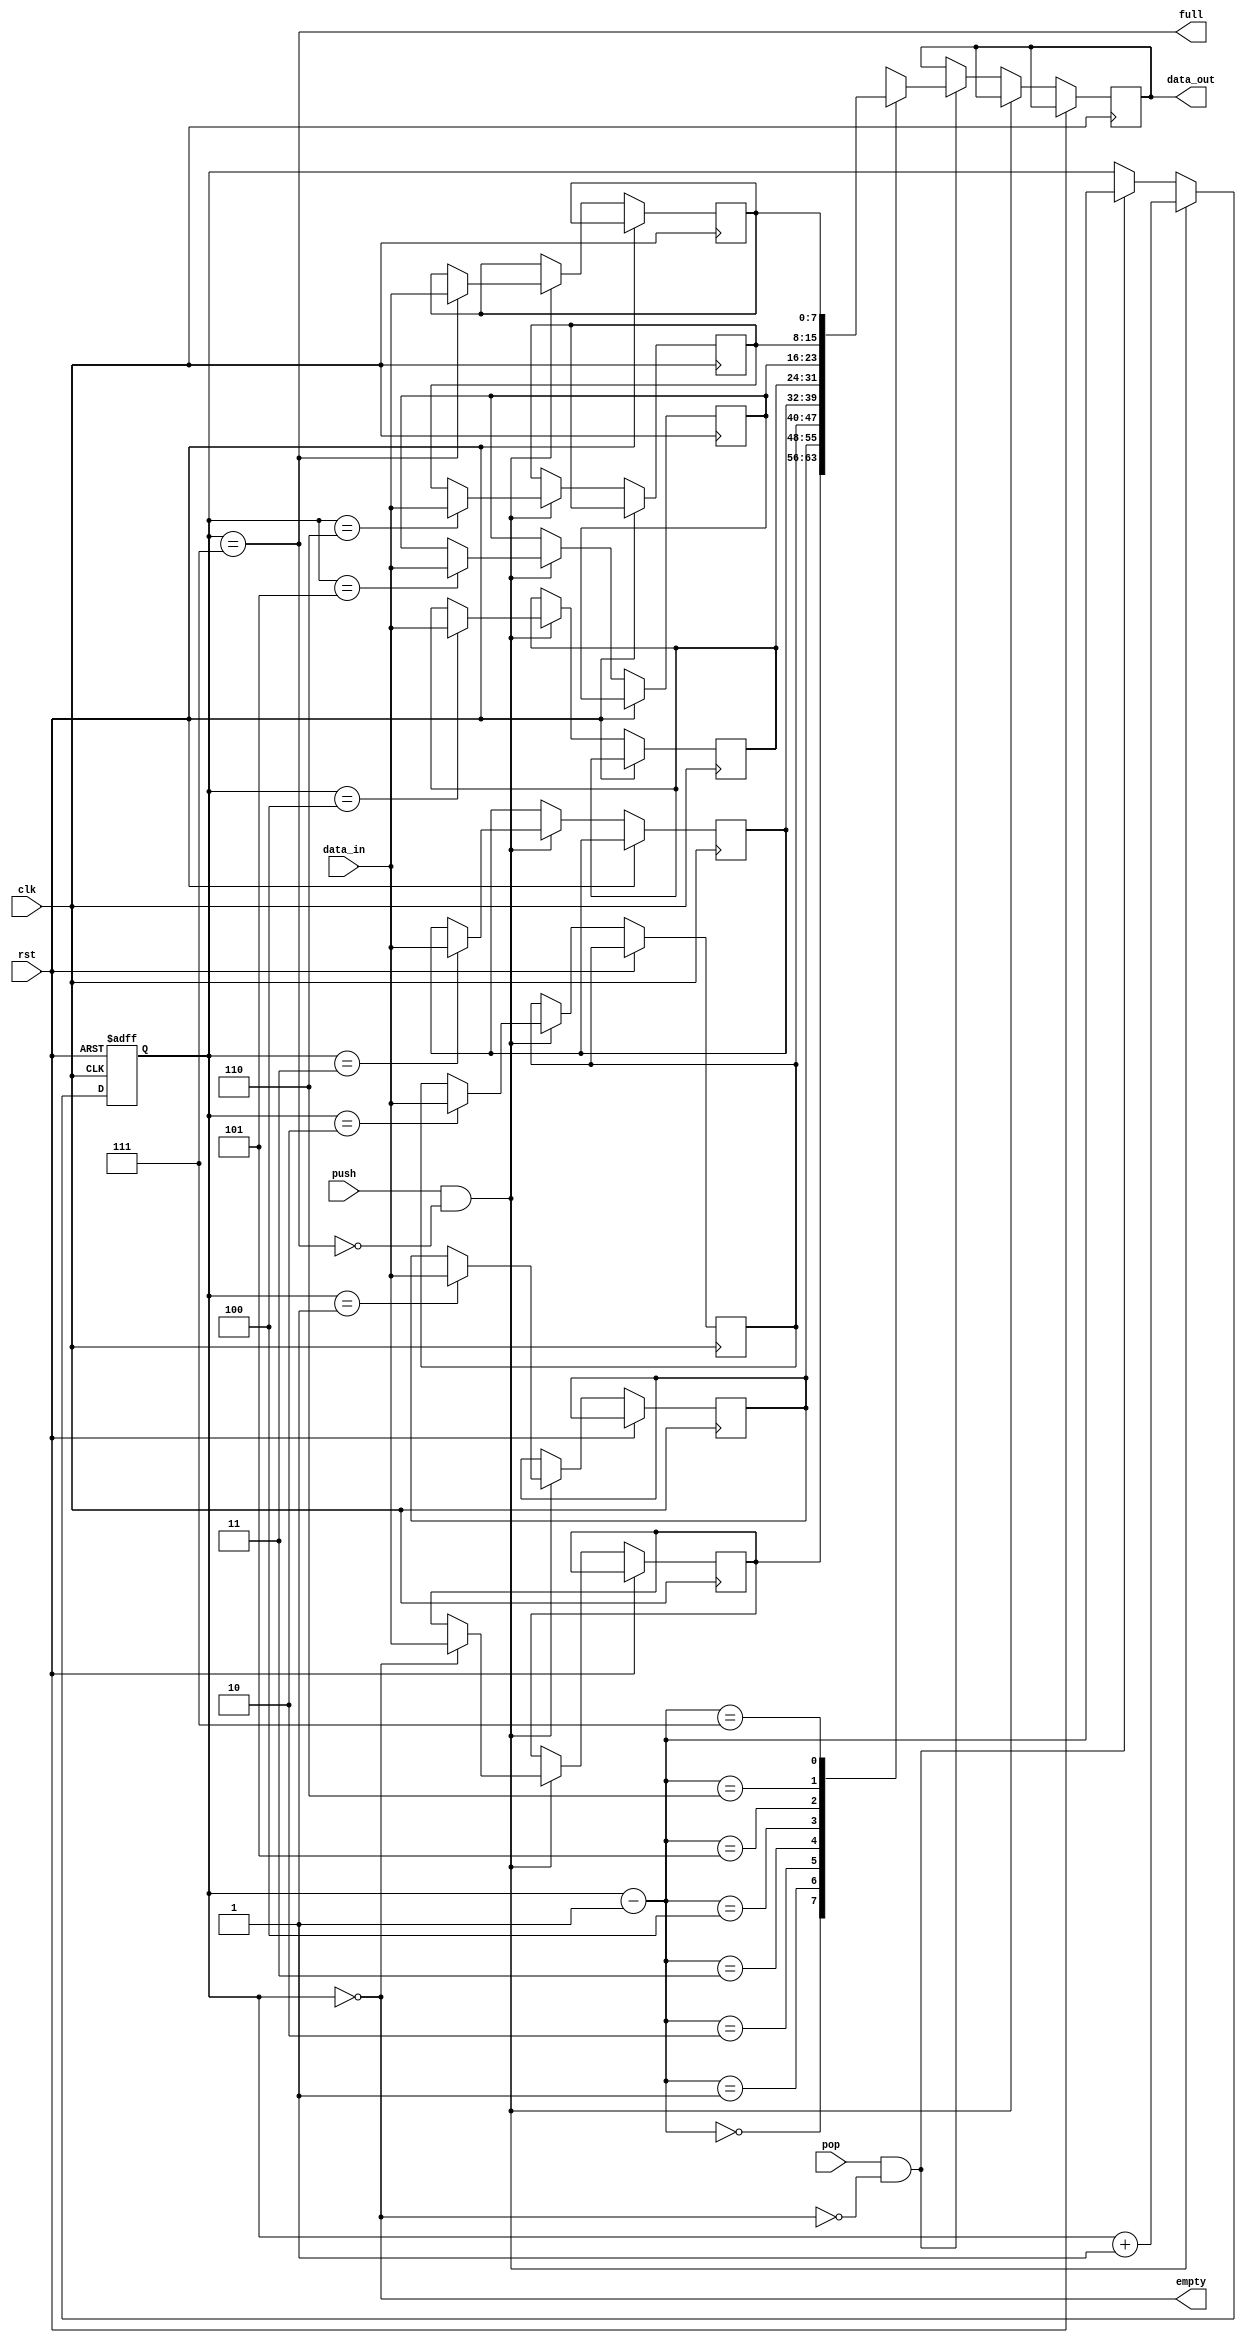
module lifo_stack (
  input wire clk,
  input wire rst,
  input wire push,
  input wire pop,
  input wire [7:0] data_in,
  output wire [7:0] data_out,
  output wire full,
  output wire empty
);

parameter STACK_SIZE = 8;

reg [7:0] stack [0:STACK_SIZE-1];
reg [2:0] top;

assign full = (top == STACK_SIZE-1);
assign empty = (top == 0);

always @(posedge clk or posedge rst) begin
  if (rst) begin
    top <= 0;
  end else if (push && !full) begin
    stack[top] <= data_in;
    top <= top + 1;
  end else if (pop && !empty) begin
    data_out <= stack[top-1];
    top <= top - 1;
  end
end

endmodule